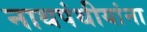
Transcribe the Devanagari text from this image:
नाथपंथीयांना